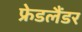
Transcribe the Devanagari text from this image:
फ्रेडलैंडर